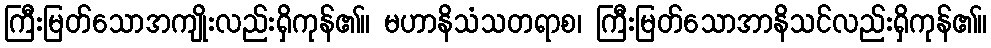
ကြီးမြတ်သောအကျိုးလည်းရှိကုန်၏။ မဟာနိသံသတရာစ၊ ကြီးမြတ်သောအာနိသင်လည်းရှိကုန်၏။